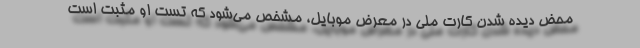
محض دیده شدن کارت ملی در معرض موبایل، مشخص می‌شود که تست او مثبت است